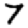
Digit: 7